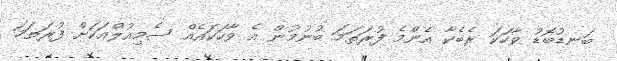
ބަނޑުބޮޑު ވާހަކަ ރެބެކާ އެންމެ ފުރަތަމަ ބުނުމުން އެ ވާހަކައެއް ސެމިއުލްއަކަށް ފުރަތަމަ